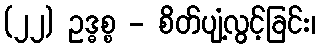
(၂၂) ဥဒ္ဓစ္စ - စိတ်ပျံ့လွင့်ခြင်း၊